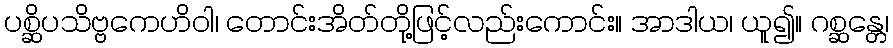
ပစ္ဆိပသိဗ္ဗကေဟိဝါ၊ တောင်းအိတ်တို့ဖြင့်လည်းကောင်း။ အာဒါယ၊ ယူ၍။ ဂစ္ဆန္တေ၊